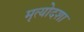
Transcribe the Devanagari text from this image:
मृत्योदशा